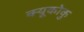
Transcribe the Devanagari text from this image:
क्यूकोकु